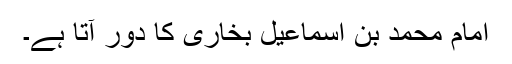
امام محمد بن اسماعیل بخاری کا دور آتا ہے۔